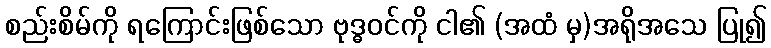
စည်းစိမ်ကို ရကြောင်းဖြစ်သော ဗုဒ္ဓဝင်ကို ငါ၏ (အထံ မှ)အရိုအသေ ပြု၍